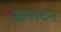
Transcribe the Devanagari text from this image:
डालटन